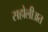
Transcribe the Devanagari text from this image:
सहोलीअत